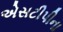
એસટીપીના